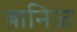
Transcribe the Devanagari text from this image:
बानिज